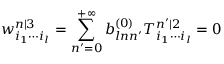
w _ { i _ { 1 } \cdots i _ { l } } ^ { n | 3 } = \sum _ { n ^ { \prime } = 0 } ^ { + \infty } b _ { l n n ^ { \prime } } ^ { ( 0 ) } T _ { i _ { 1 } \cdots i _ { l } } ^ { n ^ { \prime } | 2 } = 0